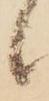
候